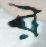
র